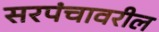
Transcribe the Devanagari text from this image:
सरपंचावरील